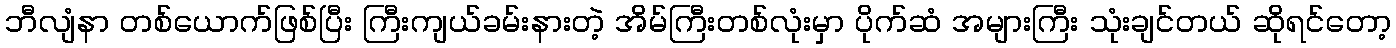
ဘီလျံနာ တစ်ယောက်ဖြစ်ပြီး ကြီးကျယ်ခမ်းနားတဲ့ အိမ်ကြီးတစ်လုံးမှာ ပိုက်ဆံ အများကြီး သုံးချင်တယ် ဆိုရင်တော့